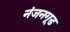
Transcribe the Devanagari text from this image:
नंजनगूड